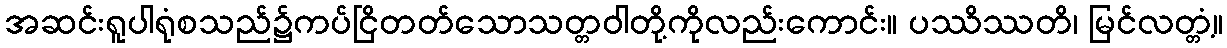
အဆင်းရူပါရုံစသည်၌ကပ်ငြိတတ်သောသတ္တဝါတို့ကိုလည်းကောင်း။ ပဿိဿတိ၊ မြင်လတ္တံ့။